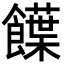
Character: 䭟